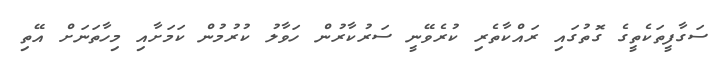
ސަގާފީތަކެތީގެ ގޮތުގައި ރައްކާތެރި ކުރެވޭނީ ސަރުކާރުން ހަވާލު ކުރުމުން ކަމަށާއި މިހާތަނަށް އޭތި